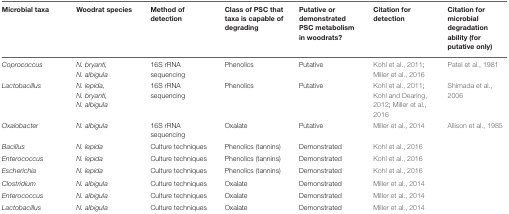
<table><thead><tr><td><b>Microbial taxa</b></td><td><b>Woodrat species</b></td><td><b>Method of detection</b></td><td><b>Class of PSC that taxa is capable of degrading</b></td><td><b>Putative or demonstrated PSC metabolism in woodrats?</b></td><td><b>Citation for detection</b></td><td><b>Citation for microbial degradation ability (for putative only)</b></td></tr></thead><tbody><tr><td><i>Coprococcus</i></td><td><i>N. bryanti, N. albigula</i></td><td>16S rRNA sequencing</td><td>Phenolics</td><td>Putative</td><td>Kohl et al., 2011; Miller et al., 2016</td><td>Patel et al., 1981</td></tr><tr><td><i>Lactobacillus</i></td><td><i>N. lepida, N. bryanti, N. albigula</i></td><td>16S rRNA sequencing</td><td>Phenolics</td><td>Putative</td><td>Kohl et al., 2011; Kohl and Dearing, 2012; Miller et al., 2016</td><td>Shimada et al., 2006</td></tr><tr><td><i>Oxalobacter</i></td><td><i>N. albigula</i></td><td>16S rRNA sequencing</td><td>Oxalate</td><td>Putative</td><td>Miller et al., 2014</td><td>Allison et al., 1985</td></tr><tr><td><i>Bacillus</i></td><td><i>N. lepida</i></td><td>Culture techniques</td><td>Phenolics (tannins)</td><td>Demonstrated</td><td>Kohl et al., 2016</td><td></td></tr><tr><td><i>Enterococcus</i></td><td><i>N. lepida</i></td><td>Culture techniques</td><td>Phenolics (tannins)</td><td>Demonstrated</td><td>Kohl et al., 2016</td><td></td></tr><tr><td><i>Escherichia</i></td><td><i>N. lepida</i></td><td>Culture techniques</td><td>Phenolics (tannins)</td><td>Demonstrated</td><td>Kohl et al., 2016</td><td></td></tr><tr><td><i>Clostridium</i></td><td><i>N. albigula</i></td><td>Culture techniques</td><td>Oxalate</td><td>Demonstrated</td><td>Miller et al., 2014</td><td></td></tr><tr><td><i>Enterococcus</i></td><td><i>N. albigula</i></td><td>Culture techniques</td><td>Oxalate</td><td>Demonstrated</td><td>Miller et al., 2014</td><td></td></tr><tr><td><i>Lactobacillus</i></td><td><i>N. albigula</i></td><td>Culture techniques</td><td>Oxalate</td><td>Demonstrated</td><td>Miller et al., 2014</td><td></td></tr></tbody></table>